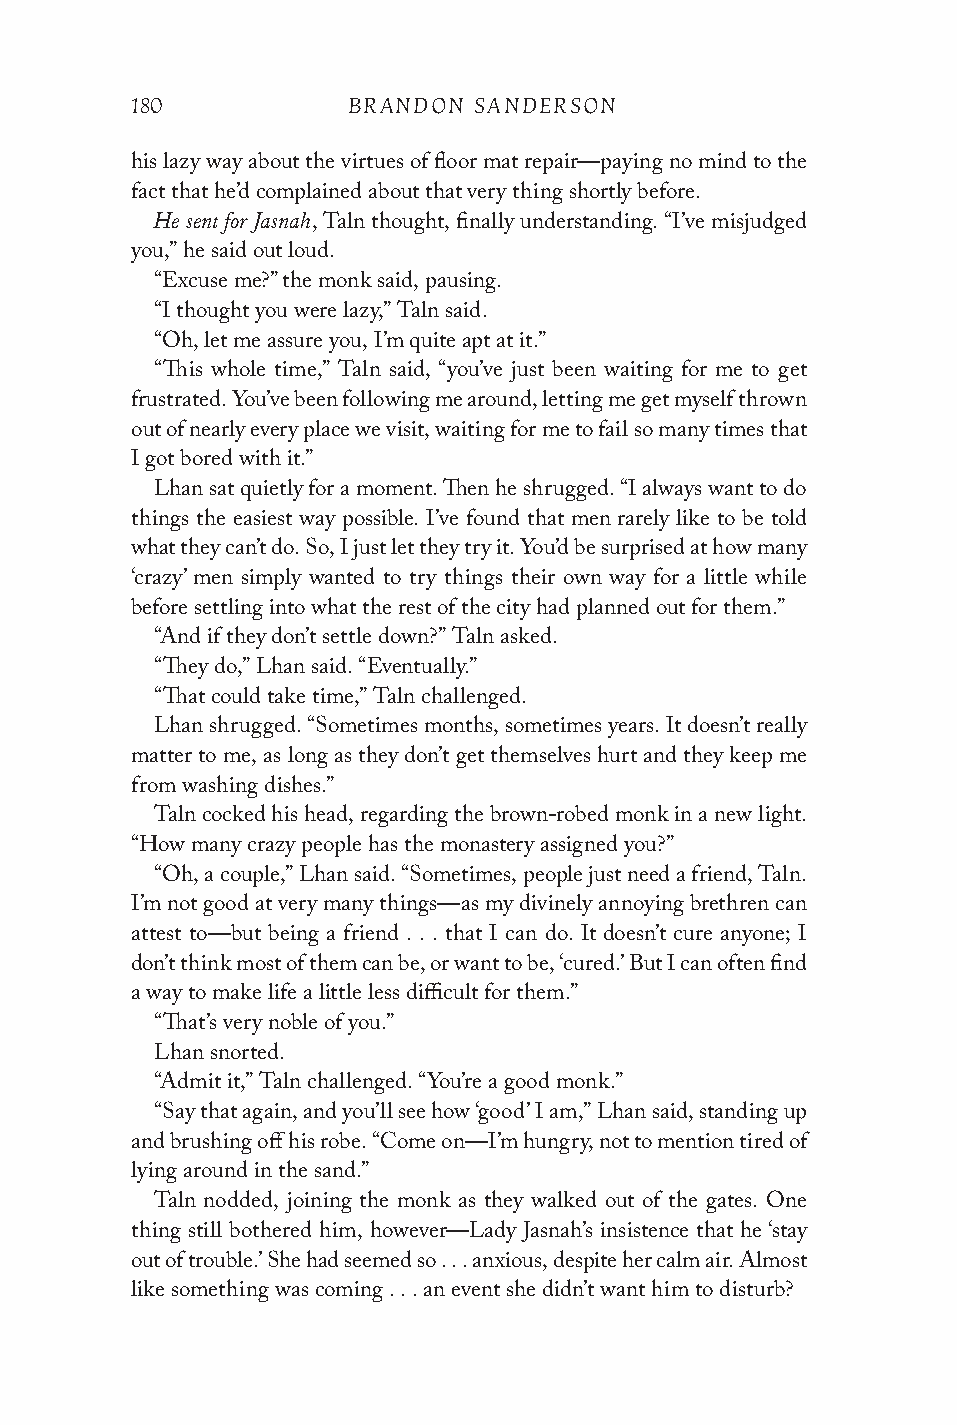
180           BRANDON SANDERSON
 his lazy way about the virtues of floor mat repair—paying no mind to the
 fact that he’d complained about that very thing shortly before.
 He sent for Jasnah
 , Taln thought, finally understanding. “I’ve misjudged
 you,” he said out loud.
 “Excuse me?” the monk said, pausing.
 “I thought you were lazy,” Taln said.
 “Oh, let me assure you, I’m quite apt at it.”
 “This whole time,” Taln said, “you’ve just been waiting for me to get
 frustrated. You’ve been following me around, letting me get myself thrown
 out of nearly every place we visit, waiting for me to fail so many times that
 I got bored with it.”
 Lhan sat quietly for a moment. Then he shrugged. “I always want to do
 things the easiest way possible. I’ve found that men rarely like to be told
 what they can’t do. So, I just let they try it. You’d be surprised at how many
 ‘crazy’ men simply wanted to try things their own way for a little while
 before settling into what the rest of the city had planned out for them.”
 “And if they don’t settle down?” Taln asked.
 “They do,” Lhan said. “Eventually.”
 “That could take time,” Taln challenged.
 Lhan shrugged. “Sometimes months, sometimes years. It doesn’t really
 matter to me, as long as they don’t get themselves hurt and they keep me
 from washing dishes.”
 Taln cocked his head, regarding the brown-robed monk in a new light.
 “How many crazy people has the monastery assigned you?”
 “Oh, a couple,” Lhan said. “Sometimes, people just need a friend, Taln.
 I’m not good at very many things—as my divinely annoying brethren can
 attest to—but being a friend . . . that I can do. It doesn’t cure anyone; I
 don’t think most of them can be, or want to be, ‘cured.’ But I can often find
 a way to make life a little less difficult for them.”
 “That’s very noble of you.”
 Lhan snorted.
 “Admit it,” Taln challenged. “You’re a good monk.”
 “Say that again, and you’ll see how ‘good’ I am,” Lhan said, standing up
 and brushing off his robe. “Come on—I’m hungry, not to mention tired of
 lying around in the sand.”
 Taln nodded, joining the monk as they walked out of the gates. One
 thing still bothered him, however—Lady Jasnah’s insistence that he ‘stay
 out of trouble.’ She had seemed so . . . anxious, despite her calm air. Almost
 like something was coming . . . an event she didn’t want him to disturb?